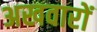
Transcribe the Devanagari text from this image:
अखवारों